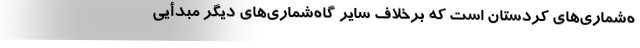
ه‌شماری‌های کردستان است که برخلاف سایر گاه‌شماری‌های دیگر مبدأیی